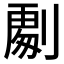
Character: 𭄏